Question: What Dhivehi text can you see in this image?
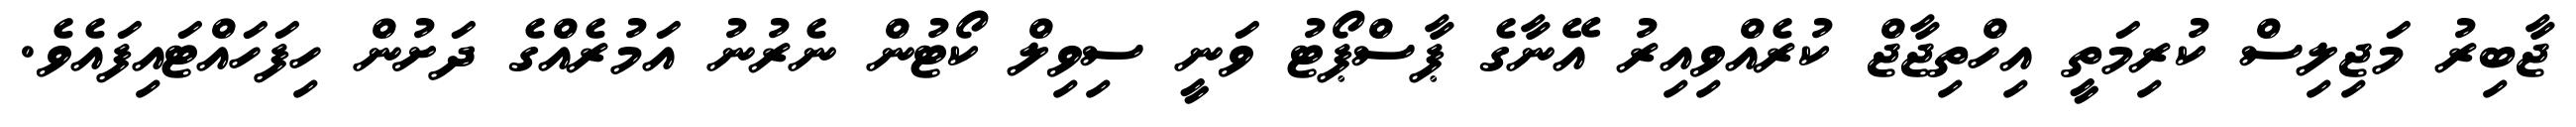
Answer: ޖާބިރު މަޖިލިސް ކުރިމަތީ އިހްތިޖާޖް ކުރެއްވިއިރު އޭނާގެ ޕާސްޕޯޓު ވަނީ ސިވިލް ކޯޓުން ނެރުނު އަމުރެއްގެ ދަށުން ހިފަހައްޓައިފައެވެ.